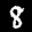
Label: 8